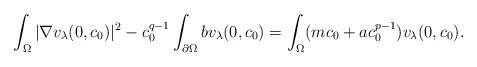
LaTeX: \begin{align*}\int_\Omega |\nabla v_\lambda (0,c_0)|^2 - c_0^{q-1} \int_{\partial \Omega} b v_\lambda (0,c_0) = \int_\Omega (mc_0 + ac_0^{p-1}) v_\lambda (0,c_0). \end{align*}